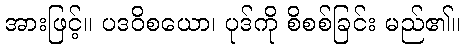
အားဖြင့်။ ပဒဝိစယော၊ ပုဒ်ကို စိစစ်ခြင်း မည်၏။